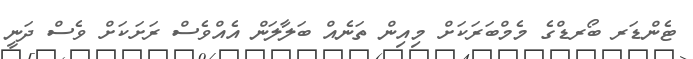
ޓެންޑަރ ބޯރޑްގެ މެމްބަރަކަށް މިއިން ތަނެއް ބަލާލަން އެއްވެސް ރަށަކަށް ވެސް ދަނީ